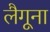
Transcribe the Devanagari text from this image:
लैगूना